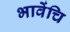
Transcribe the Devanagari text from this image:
भावेंचि